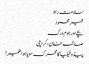
سلامت رہو
عمیر محمود
بچے اور ہوم ورک
صائمہ خان، کراچی
پیڈوفیلیا کامحرک سویا ہوا ضمیر!